Report on the working of the Ranchi Indian Mental Hospital, Kanke, in Bihar and Orissa - 1930-1940
Year: 1930
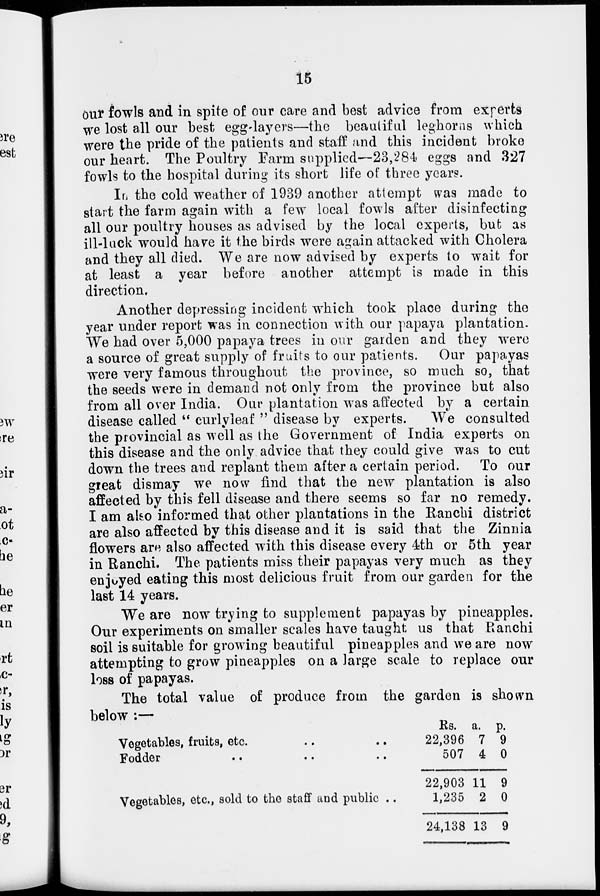
15
our fowls and in spite of our care and best advice from experts
we lost all our best egg-layers—the beautiful leghorns which
were the pride of the patients and staff and this incident broke
our heart. The Poultry Farm supplied—23,284. eggs and 327
fowls to the hospital during its short life of three years.
In the cold weather of 1939 another attempt was made to
start the farm again with a few local fowls after disinfecting
all our poultry houses as advised by the local experts, but as
ill-luck would have it the birds were again attacked with Cholera
and they all died. We are now advised by experts to wait for
at least a year before another attempt is made in this
direction.
Another depressing incident which took place during the
year under report was in connection with our papaya plantation.
We had over 5,000 papaya trees in our garden and they were
a source of great supply of fruits to our patients. Our papayas
were very famous throughout the province, so much so, that
the seeds were in demand not only from the province but also
from all over India. Our plantation was affected by a certain
disease called " curlyleaf " disease by experts.
We consulted
the provincial as well as the Government of India experts on
this disease and the only advice that they could give was to cut
down the trees and replant them after a certain period. To our
great dismay we now find that the new plantation is also
affected by this fell disease and there seems so far no remedy.
I am also informed that other plantations in the Ranchi district
are also affected by this disease and it is said that the Zinnia
flowers are also affected with this disease every 4th or 5th year
in Ranchi. The patients miss their papayas very much as they
enjoyed eating this most delicious fruit from our garden for the
last 14 years.
We are now trying to supplement papayas by pineapples.
Our experiments on smaller scales have taught us that Ranchi
soil is suitable for growing beautiful pineapples and we are now
attempting to grow pineapples on a large scale to replace our
loss of papayas.
The total value of produce from the garden is shown
below :—
Vegetables, fruits, etc. .. ..
Fodder .. .. ..
Vegetables, etc., sold to the staff and public ..
Rs.
22,396
507
22,903
1,235
24,138
a.
7
4
11
2
13
p.
9
0
9
0
9